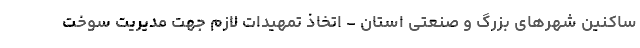
ساکنین شهرهای بزرگ و صنعتی استان - اتخاذ تمهیدات لازم جهت مدیریت سوخت